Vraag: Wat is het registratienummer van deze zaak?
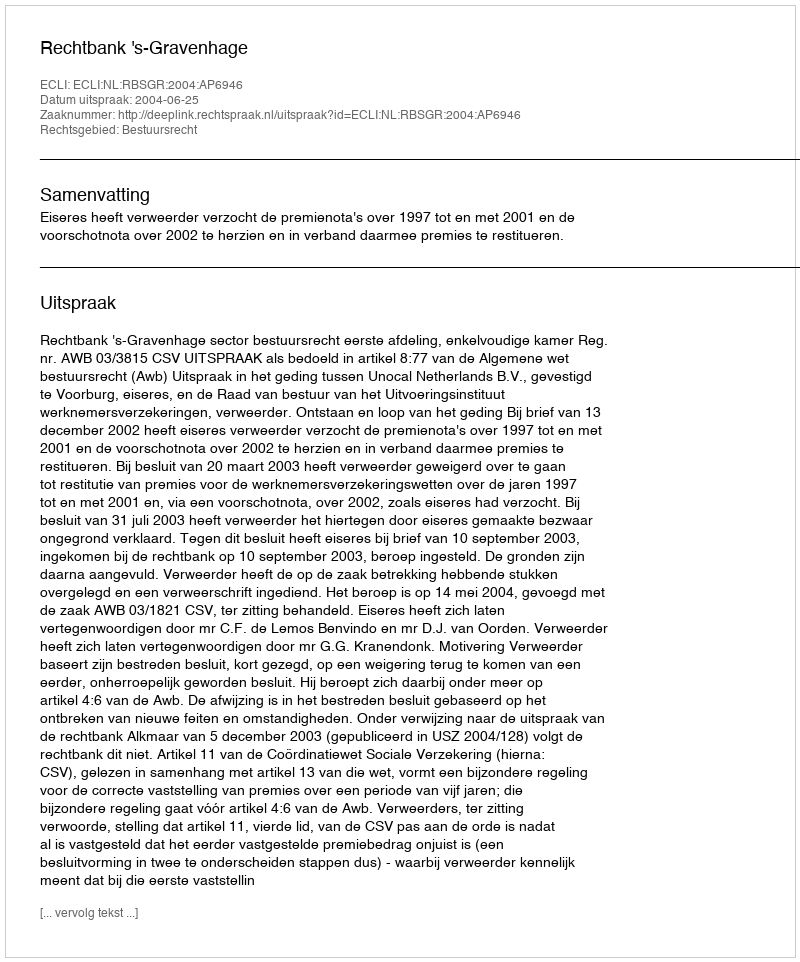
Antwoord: http://deeplink.rechtspraak.nl/uitspraak?id=ECLI:NL:RBSGR:2004:AP6946